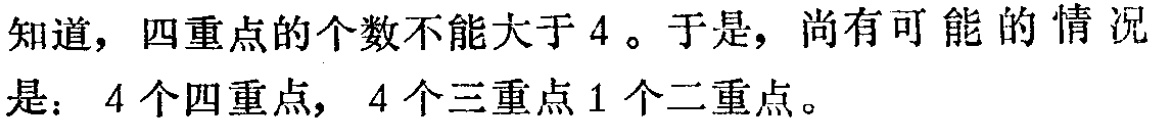
知道，四重点的个数不能大于 4 。于是，尚有可能的情况是：4 个四重点， 4 个三重点1个二重点。